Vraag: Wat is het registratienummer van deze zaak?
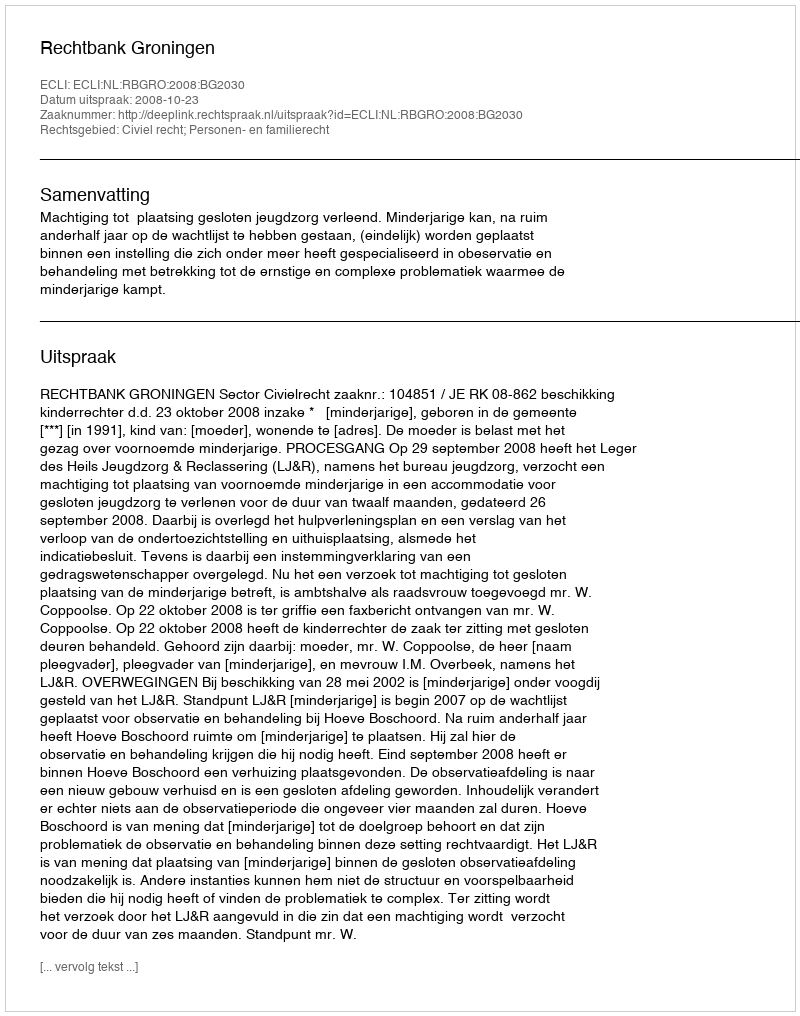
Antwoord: http://deeplink.rechtspraak.nl/uitspraak?id=ECLI:NL:RBGRO:2008:BG2030